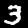
Digit: 3